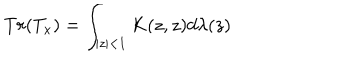
T r ( T _ { x } ) = \int _ { | z | < 1 } K ( z , z ) d \lambda ( z )